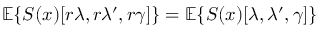
{ \mathbb E } \{ S ( x ) [ r \lambda , r \lambda ^ { \prime } , r \gamma ] \} = { \mathbb E } \{ S ( x ) [ \lambda , \lambda ^ { \prime } , \gamma ] \}